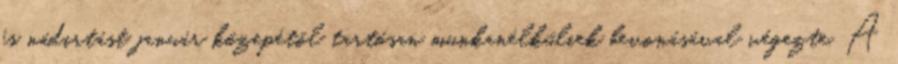
és nádirtást január közepétõl tartósan munkanélküliek bevonásával végezte. A